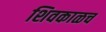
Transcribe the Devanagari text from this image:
शिवकाळच